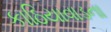
કાઠિયાવાડના